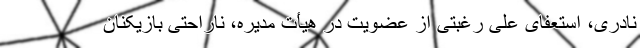
نادری، استعفای علی رغبتی از عضویت در هیأت مدیره، ناراحتی بازیکنان